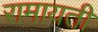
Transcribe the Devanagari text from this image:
रामायती